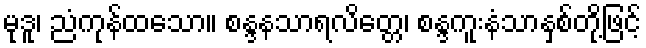
မုဒူ၊ ညံကုန်ထသော။ စန္ဒနသာရလိတ္တေ၊ စန္ဒကူးနံသာနှစ်တို့ဖြင့်